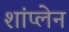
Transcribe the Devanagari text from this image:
शांप्लेन